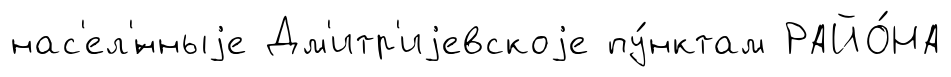
нас'ел'́нныjе Дм'итр'иjевскоjе пу́нктам РАЙО́НА